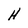
Character: H